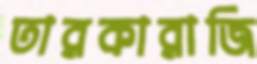
তারকারাজি